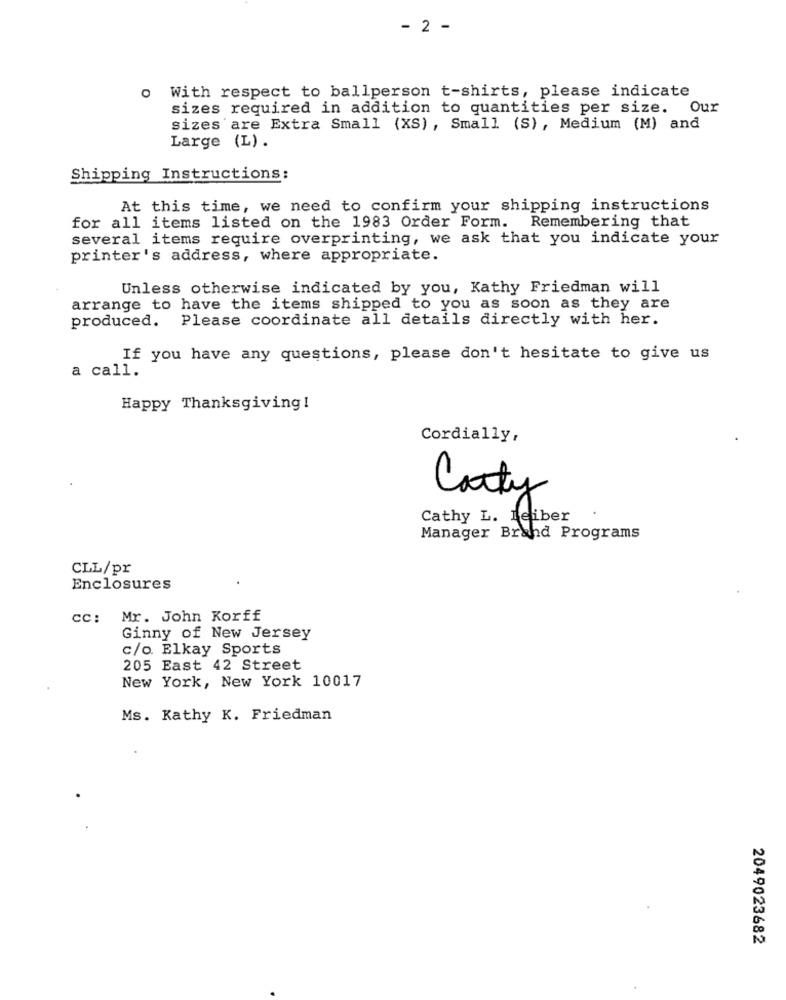
- 2 -
With respect to ballperson t-shirts, please indicate
O
sizes required in addition to quantities per size. Our
sizes are Extra Small (XS), Small (S), Medium (M) and
Large (L) .
Shipping Instructions:
At this time, we need to confirm your shipping instructions
for all items listed on the 1983 Order Form. Remembering that
several items require overprinting, we ask that you indicate your
printer's address, where appropriate.
Unless otherwise indicated by you, Kathy Friedman will
arrange to have the items shipped to you as soon as they are
produced. Please coordinate all details directly with her.
If you have any questions, please don't hesitate to give us
a call.
Happy Thanksgiving!
Cordially,
Carty
Cathy L. Reiber
Manager Brahd Programs
CLL/pr
Enclosures
cc: Mr. John Korff
Ginny of New Jersey
c/o. Elkay Sports
205 East 42 Street
New York, New York 10017
Ms. Kathy K. Friedman
2049023682